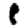
Digit: 1